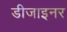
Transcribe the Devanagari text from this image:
डीजाइनर